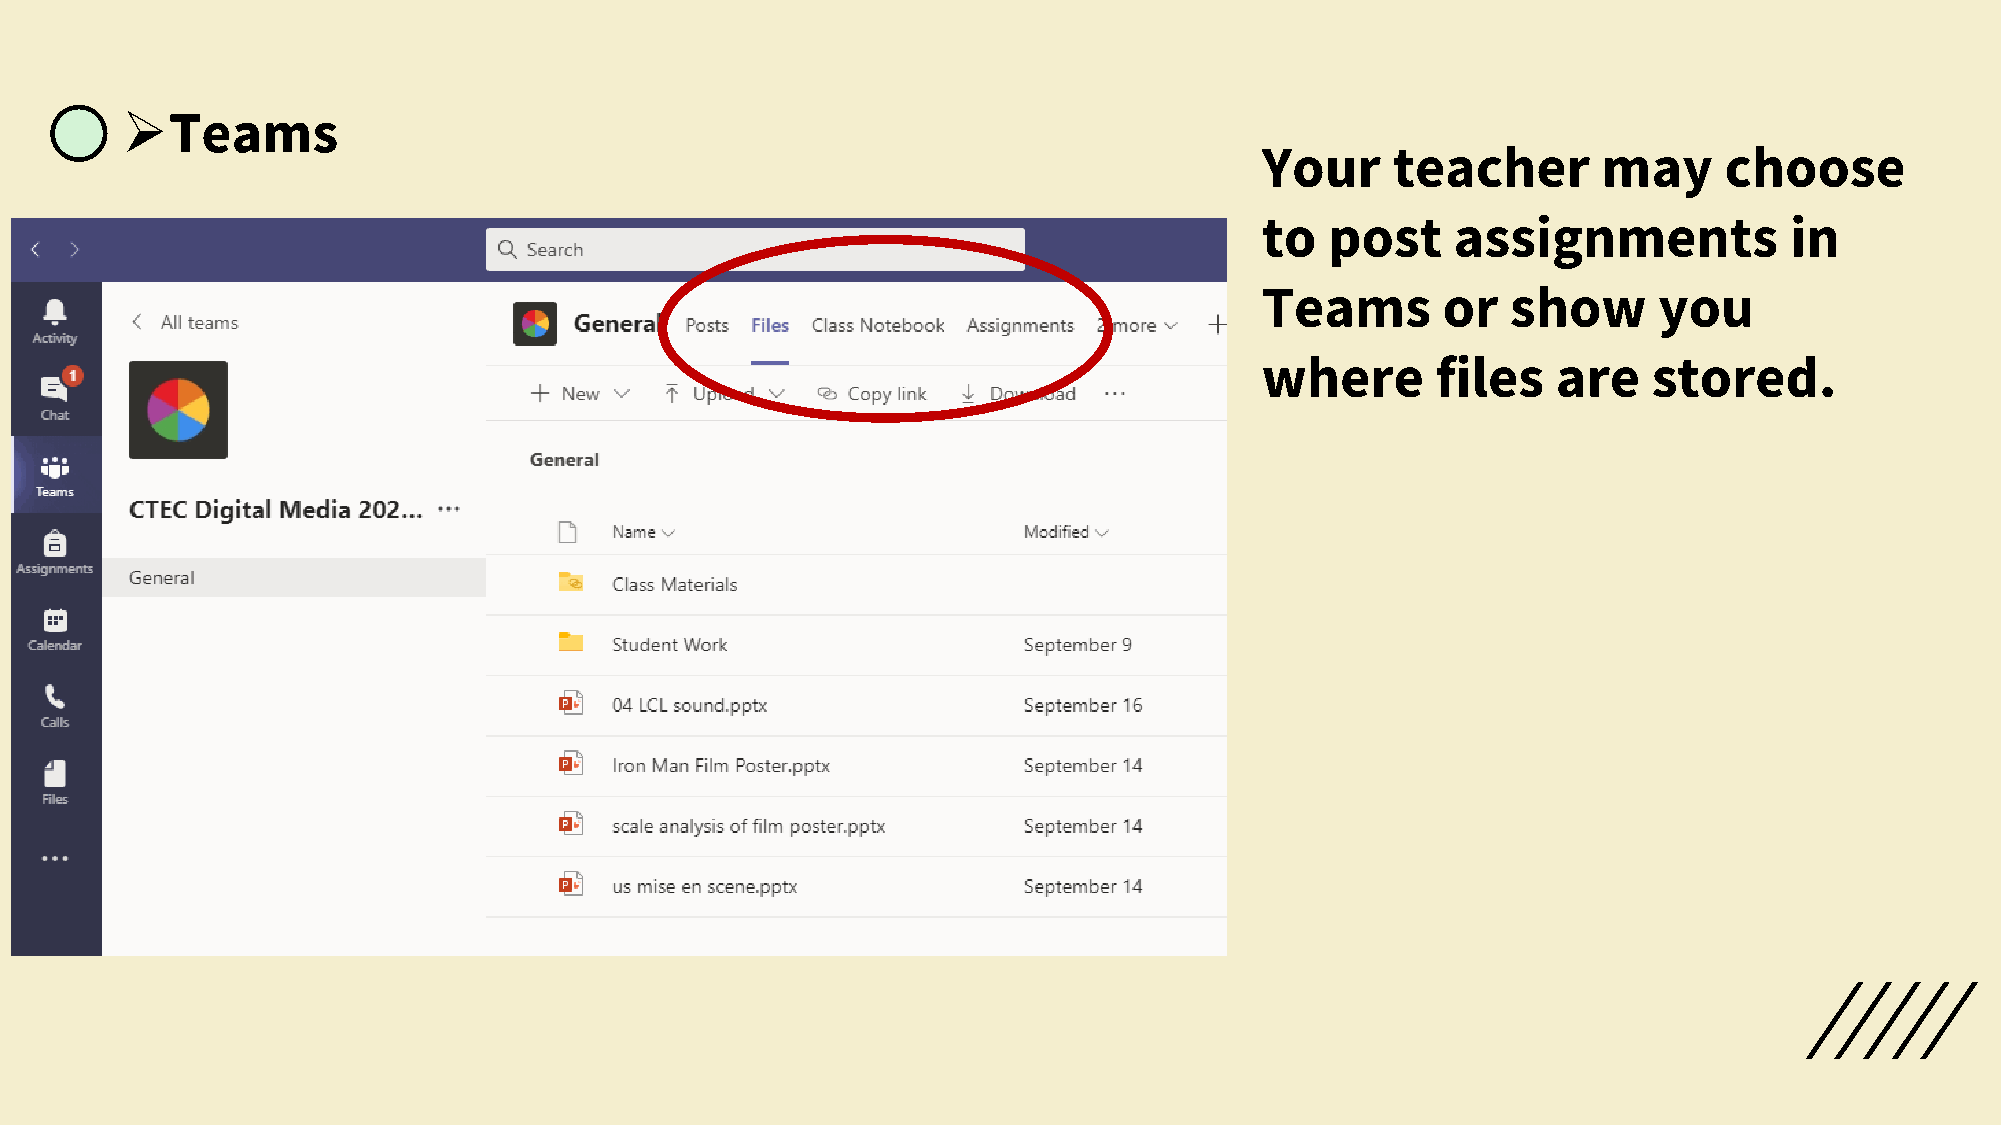
➢Teams
 Your     teacher       may     choose
 to   post    assignments           in
 Teams       or   show      you
 where       files   are   stored.